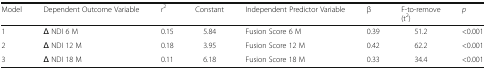
<table><thead><tr><td><b>Model</b></td><td><b>Dependent Outcome Variable</b></td><td><b><i>r</i><sup>2</sup></b></td><td><b>Constant</b></td><td><b>Independent Predictor Variable</b></td><td><b>β</b></td><td><b>F-to-remove(t<sup>2</sup>)</b></td><td><b><i>p</i></b></td></tr></thead><tbody><tr><td>1</td><td>Δ NDI 6 M</td><td>0.15</td><td>5.84</td><td>Fusion Score 6 M</td><td>0.39</td><td>51.2</td><td>&lt;0.001</td></tr><tr><td>2</td><td>Δ NDI 12 M</td><td>0.18</td><td>3.95</td><td>Fusion Score 12 M</td><td>0.42</td><td>62.2</td><td>&lt;0.001</td></tr><tr><td>3</td><td>Δ NDI 18 M</td><td>0.11</td><td>6.18</td><td>Fusion Score 18 M</td><td>0.33</td><td>34.4</td><td>&lt;0.001</td></tr></tbody></table>